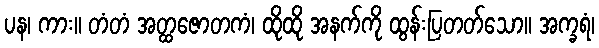
ပန၊ ကား။ တံတံ အတ္ထဇောတကံ၊ ထိုထို အနက်ကို ထွန်းပြတတ်သော။ အက္ခရံ၊